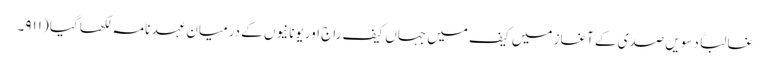
غالباً دسویں صدی کے آغاز میں کیف میں جہاں کیف راج اور یونانیوں کے درمیان عہد نامہ لکھا گیا (۹۱۱۔